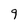
Character: 9